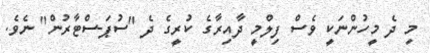
މި ދެ މީހުންނަކީ ވެސް ފިލްމީ ދާއިރާގެ ކުރީގެ ދެ "ސުޕަ-ސްޓާރުން" ނެވެ.